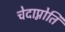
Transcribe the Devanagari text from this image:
चेदाप्नोति